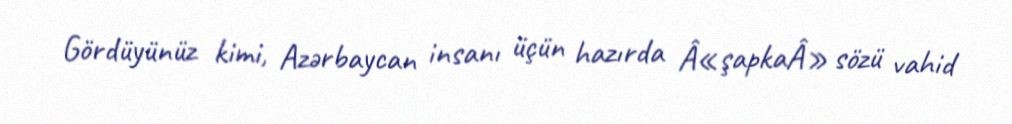
Gördüyünüz kimi, Azərbaycan insanı üçün hazırda Â«şapkaÂ» sözü vahid